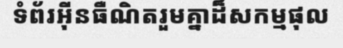
ទំព័រអ៊ីនធឺណិតរួមគ្នាដ៏សកម្មផុល